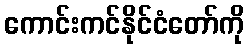
ကောင်းကင်နိုင်ငံတော်ကို